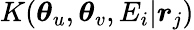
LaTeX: K(\boldsymbol{\theta}_{u},\boldsymbol{\theta}_{v},E_{i}|\boldsymbol{r}_{j})